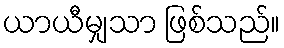
ယာယီမျှသာ ဖြစ်သည်။